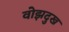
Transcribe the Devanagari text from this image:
वोझदुख